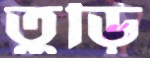
তুড়ি